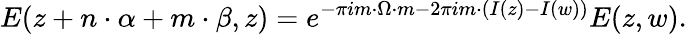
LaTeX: E(z+{n}\cdot{\alpha}+{m}\cdot{\beta},z)=e^{-\pi im\cdot\Omega\cdot m-2\pi im\cdot\left(I(z)-I(w)\right)}E(z,w).